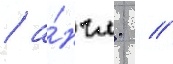
/ а́нгл.  //